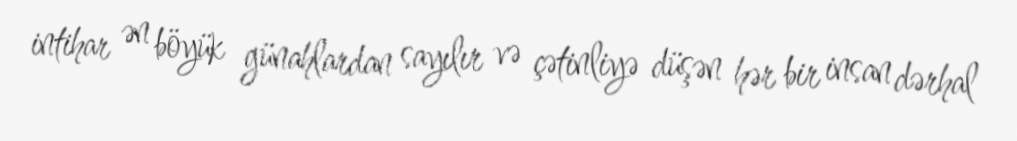
intihar ən böyük günahlardan sayılır və çətinliyə düşən hər bir insan dərhal